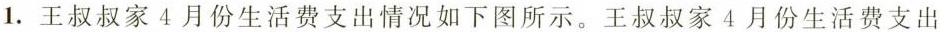
1.王叔叔家4月份生活费支出情况如下图所示。王叔叔家4月份生活费支出